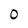
Character: O